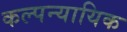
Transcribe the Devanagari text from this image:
कल्पन्यायिक